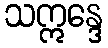
သဣန္ဒေ